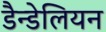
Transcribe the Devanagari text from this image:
डैन्डेलियन